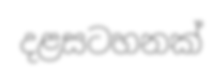
දළසටහනක්